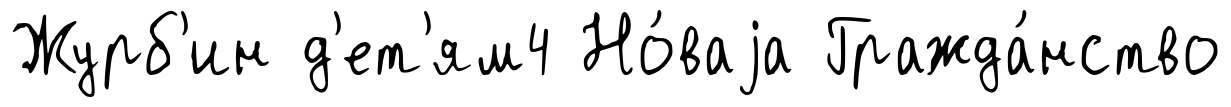
Журб'ин д'ет'ям4 Но́ваjа Гражда́нство